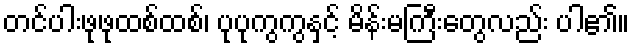
တင်ပါးဖုဖုထစ်ထစ်၊ ပုပုကွကွနှင့် မိန်းမကြီးတွေလည်း ပါ၏။